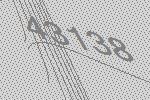
43138